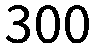
300